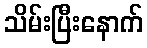
သိမ်းပြီးနောက်